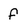
Character: f